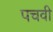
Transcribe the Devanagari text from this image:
पचवी